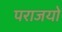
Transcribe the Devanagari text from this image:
पराजयो